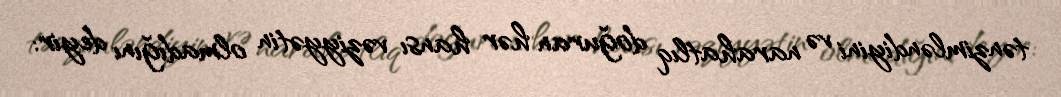
tənzimləndiyini və narahatlıq doğuran hər hansı vəziyyətin olmadığını deyir: